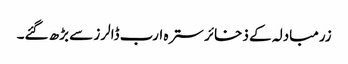
زرمبادلہ کے ذخائر سترہ ارب ڈالرز سے بڑھ گئے۔